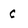
Character: C